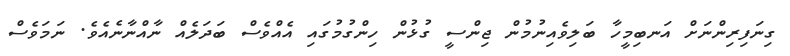
ގިނަފިރިންނަށް އަނބިމީހާ ބަލިވެއިނުމުން ޖިންސީ ގުޅުން ހިންގުމުގައި އެއްވެސް ބަދަލެއް ނާއްނާނެއެވެ. ނަމަވެސް